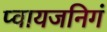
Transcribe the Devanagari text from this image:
प्वायजनिगं